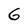
Character: G